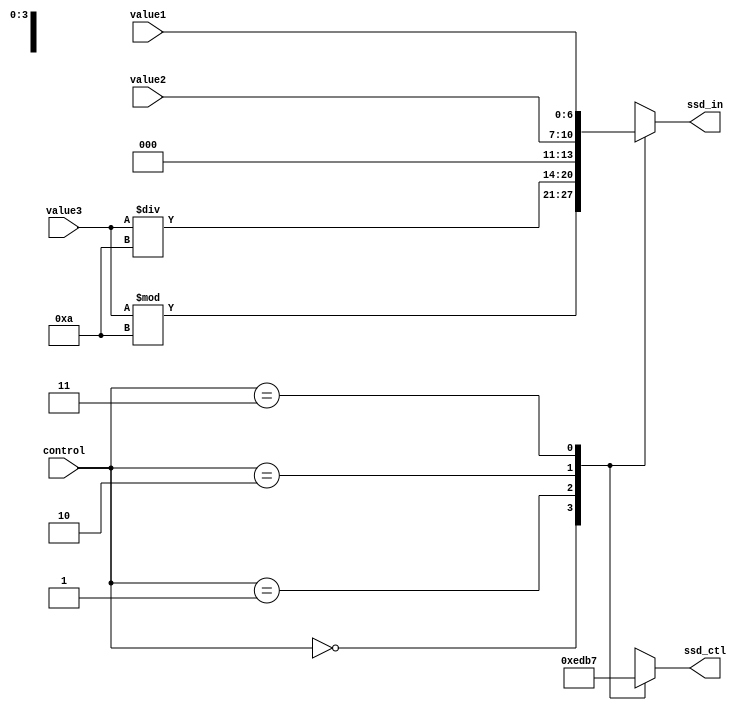
module scan(ssd_ctl, ssd_in, value1, value2, value3, control);
    output reg [6:0] ssd_in;
    output reg [3:0] ssd_ctl;
    input [6:0]value1;
    input [3:0]value2;
    input [6:0]value3;
    input [1:0] control;
    
    always@*
        case(control)
              2'b00:
                  begin
                      ssd_ctl = 4'b1110;
                      ssd_in = value3 % 4'd10;
                  end
              2'b01:
                  begin
                      ssd_ctl = 4'b1101;
                      ssd_in = value3 / 4'd10;
                  end
              2'b10:
                  begin
                      ssd_ctl = 4'b1011;
                      ssd_in = value2;
                  end
              2'b11:
                  begin
                      ssd_ctl = 4'b0111;
                      ssd_in = value1;
                  end
              default:
                  begin
                      ssd_ctl = 4'b1111;
                      ssd_in = 4'b1111;
                  end
      endcase
      
 endmodule